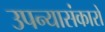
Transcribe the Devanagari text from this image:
उपन्यासंकारों